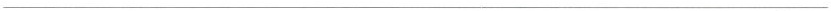
___